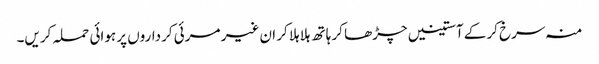
منہ سرخ کرکے آستینیں چڑھا کر ہاتھ ہلا ہلا کر ان غیر مرئی کرداروں پر ہوائی حملہ کریں۔